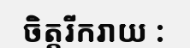
ចិត្តរីករាយ :